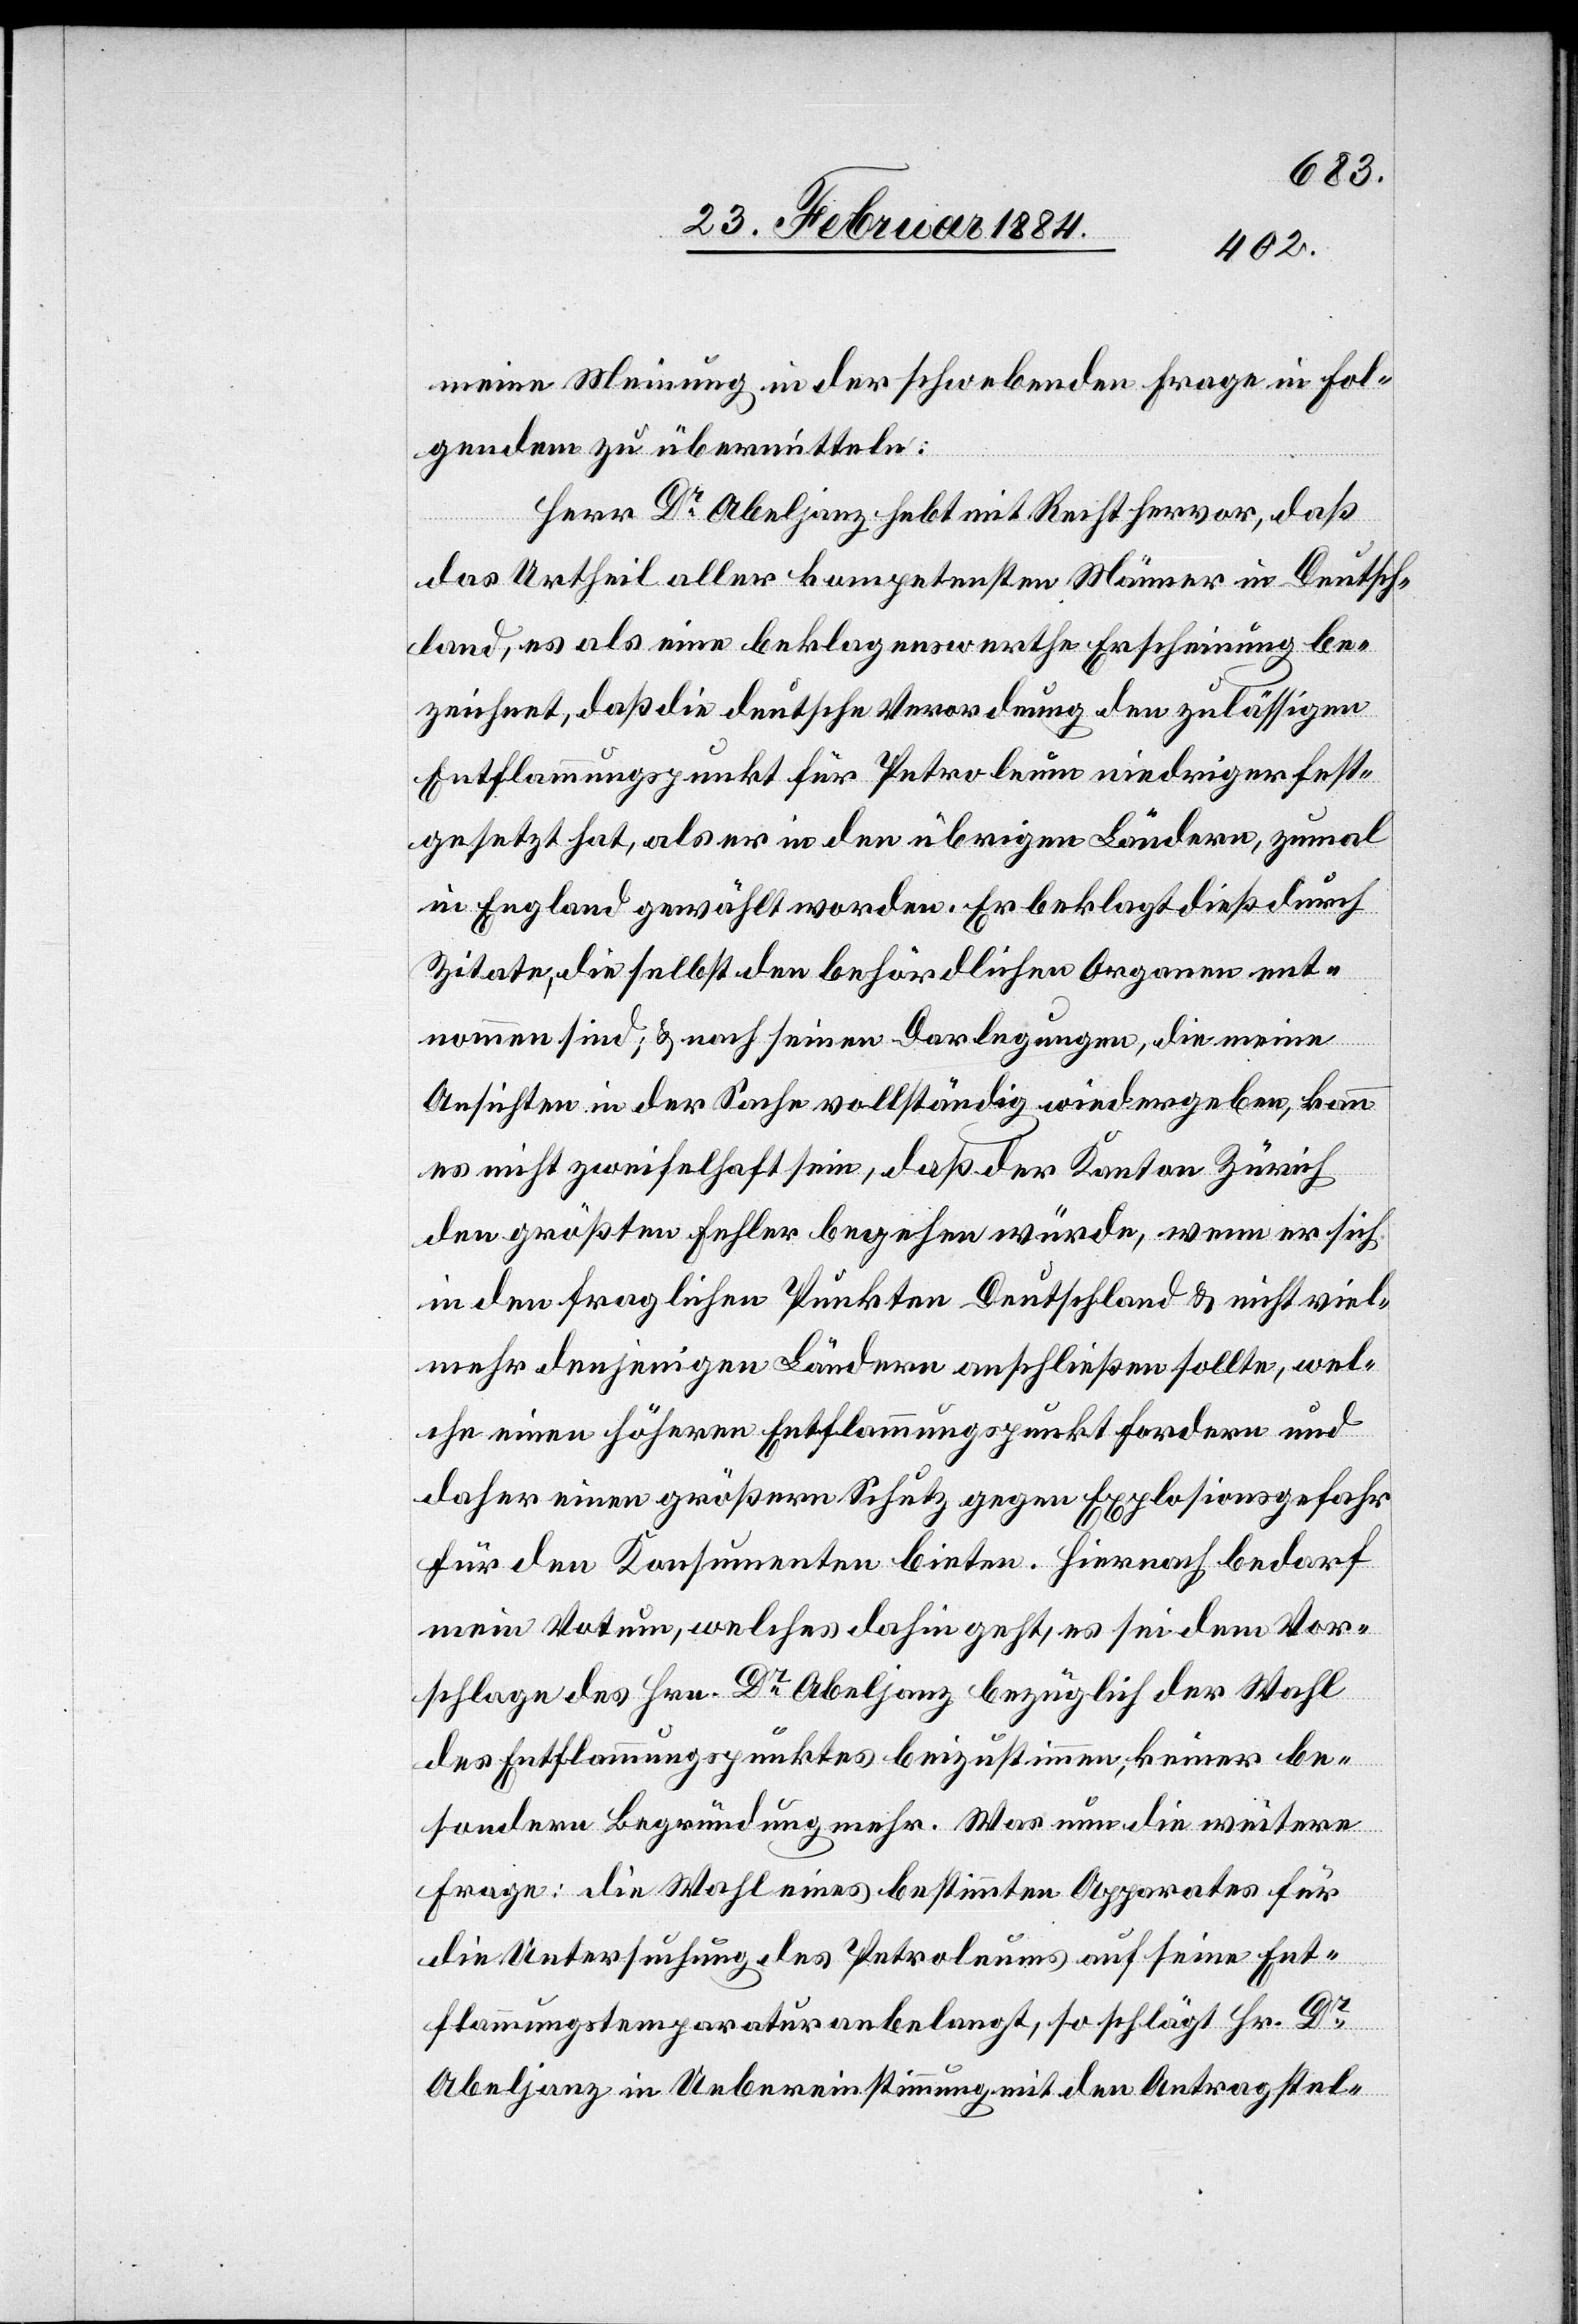
meine Meinung in der schwebenden Frage im Fol¬
genden zu übermitteln:
Herr Dr Abeljanz hebt mit Recht hervor, daß
das Urtheil aller kompetentesten Männer in Deutsch¬
land, es als eine beklagenswerthe Erscheinung be¬
zeichnet, daß die deutsche Verordnung den zulässigen
Entflammungspunkt für Petroleum niedriger fest¬
gesetzt hat, als er in den übrigen Ländern, zumal
in England gewählt worden. Er beklagt dieß durch
Zitate, die selbst den behördlichen Organen ent¬
nommen sind; & nach seinen Darlegungen, die meine
Ansichten in der Sache vollständig wiedergeben, kann
es nicht zweifelhaft sein, daß der Kanton Zürich
den größten Fehler begehen würde, wenn er sich
in den fraglichen Punkten Deutschland & nicht viel¬
mehr denjenigen Ländern anschließen sollte, wel¬
che einen höhern Entflammungspunkt fordern und
daher einen größern Schutz gegen Explosionsgefahr
für den Konsumenten bieten. Hiernach bedarf
mein Votum, welches dahin geht, es sei dem Vor¬
schlage des Hrn. Dr Abeljanz bezüglich der Wahl
des Entflammungspunktes beizustimmen, keiner be¬
sonderen Begründung mehr. Was nun die weitere
Frage: die Wahl eines bestimmten Apparates für
die Untersuchung des Petroleums auf seine Ent¬
flammungstemperatur anbelangt, so schlägt Hr. Dr
Abeljanz in Uebereinstimmung mit den Antragstel-